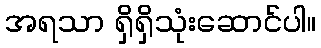
အရသာ ရှိရှိသုံးဆောင်ပါ။